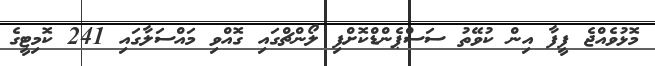
މޮޅުވެއްޖެ ފީފާ އިން ކުވޭތު ސަސްޕެންޑްކޮށްފި ލޯންޗްގައި ގޮއްވި މައްސަލާގައި 241 ކޮމިޓީގެ